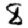
Digit: 8